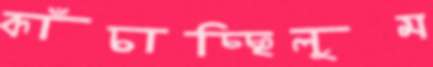
কাঁচাচ্ছিলুম